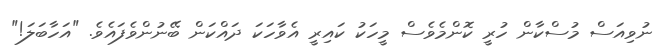
ނުވިއަސް މުސްކާން ހުރީ ކޮންމެވެސް މީހަކު ކައިރީ އެވާހަކަ ދައްކަން ބޭނުންވެފައެވެ. "އަހާބަލަ!"